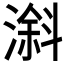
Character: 𣻠